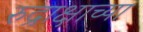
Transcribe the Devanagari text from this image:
रुद्राक्षाच्या